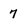
Character: 7